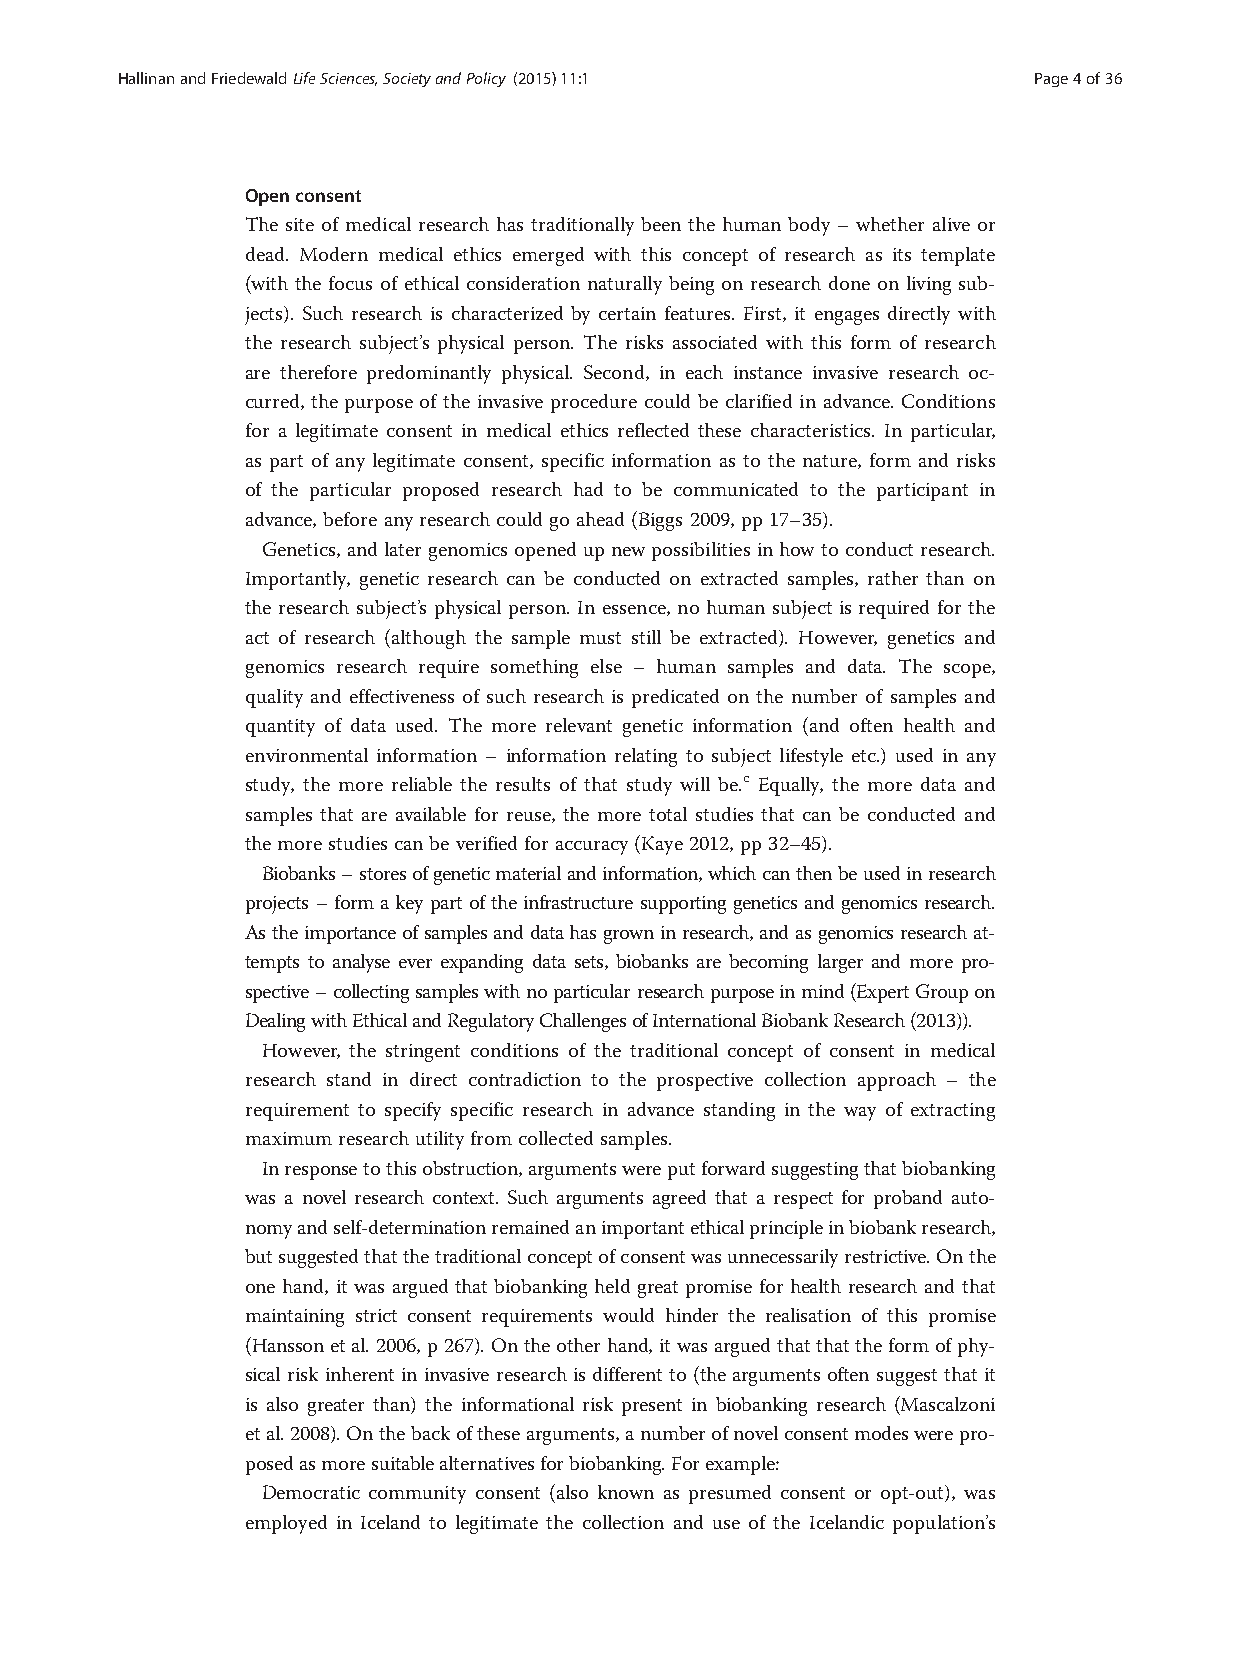
HallinanandFriedewaldLifeSciences,SocietyandPolicy (2015) 11:1 Page4of36
 Openconsent
 The site of medical research has traditionally been the human body – whether alive or
 dead. Modern medical ethics emerged with this concept of research as its template
 (with the focus of ethical consideration naturally being on research done on living sub-
 jects). Such research is characterized by certain features. First, it engages directly with
 the research subject’s physical person. The risks associated with this form of research
 are therefore predominantly physical. Second, in each instance invasive research oc-
 curred, the purpose of the invasive procedure could be clarified in advance. Conditions
 for a legitimate consent in medical ethics reflected these characteristics. In particular,
 as part of any legitimate consent, specific information as to the nature, form and risks
 of the particular proposed research had to be communicated to the participant in
 advance,before anyresearchcouldgoahead(Biggs2009,pp17–35).
 Genetics,and later genomicsopenedup newpossibilitiesinhow toconductresearch.
 Importantly, genetic research can be conducted on extracted samples, rather than on
 the research subject’s physical person. In essence, no human subject is required for the
 act of research (although the sample must still be extracted). However, genetics and
 genomics research require something else – human samples and data. The scope,
 quality and effectiveness of such research is predicated on the number of samples and
 quantity of data used. The more relevant genetic information (and often health and
 environmental information – information relating to subject lifestyle etc.) used in any
 study, the more reliable the results of that study will be.c Equally, the more data and
 samples that are available for reuse, the more total studies that can be conducted and
 themorestudiescanbe verified foraccuracy(Kaye2012,pp32–45).
 Biobanks–storesofgeneticmaterialandinformation,whichcanthenbeusedinresearch
 projects – form a key part of the infrastructure supporting genetics and genomics research.
 Astheimportanceofsamplesanddatahasgrowninresearch,andasgenomicsresearchat-
 tempts to analyse ever expanding data sets, biobanks are becoming larger and more pro-
 spective–collectingsampleswithnoparticularresearchpurposeinmind(ExpertGroupon
 DealingwithEthicalandRegulatoryChallengesofInternationalBiobankResearch(2013)).
 However, the stringent conditions of the traditional concept of consent in medical
 research stand in direct contradiction to the prospective collection approach – the
 requirement to specify specific research in advance standing in the way of extracting
 maximum researchutility fromcollected samples.
 Inresponsetothisobstruction,argumentswereputforwardsuggestingthatbiobanking
 was a novel research context. Such arguments agreed that a respect for proband auto-
 nomyandself-determinationremainedanimportantethicalprincipleinbiobankresearch,
 butsuggestedthatthetraditionalconceptofconsentwasunnecessarilyrestrictive.Onthe
 one hand, it was argued that biobanking held great promise for health research and that
 maintaining strict consent requirements would hinder the realisation of this promise
 (Hanssonetal.2006,p267).Ontheotherhand,itwasarguedthatthattheformofphy-
 sical risk inherent in invasive research is different to (the arguments often suggest that it
 is also greater than) the informational risk present in biobanking research (Mascalzoni
 etal.2008).Onthebackofthesearguments,anumberofnovelconsentmodeswerepro-
 posedasmoresuitablealternativesforbiobanking.Forexample:
 Democratic community consent (also known as presumed consent or opt-out), was
 employed in Iceland to legitimate the collection and use of the Icelandic population’s